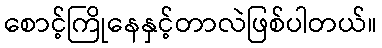
စောင့်ကြိုနေနှင့်တာလဲဖြစ်ပါတယ်။